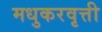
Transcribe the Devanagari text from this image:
मधुकरवृत्ती